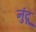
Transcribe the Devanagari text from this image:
नुंदू